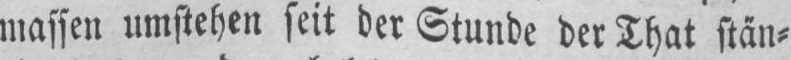
massen umstehen seit der Stunde der That stän⸗